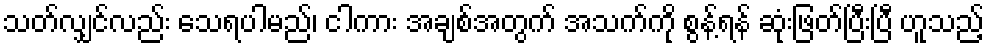
သတ်လျှင်လည်း သေရပါမည်၊ ငါကား အချစ်အတွက် အသက်ကို စွန့်ရန် ဆုံးဖြတ်ပြီးပြီ ဟူသည့်